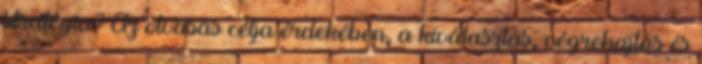
stratégia? Az olvasás célja érdekében, a kiválasztás, végrehajtás és